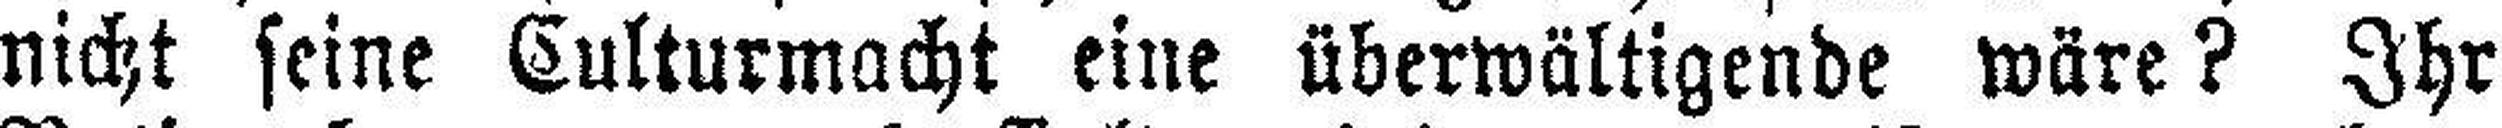
nicht seine Culturmacht eine überwältigende wäre? Ihr